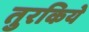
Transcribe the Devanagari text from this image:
तुरकिये